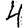
Digit: 4